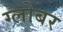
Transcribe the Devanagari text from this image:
ग्लोबर